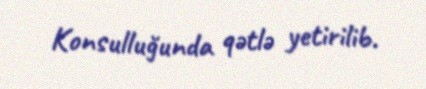
Konsulluğunda qətlə yetirilib.